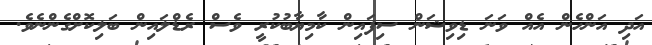
އަދި އަންހެން އެއް ވަނަ ޑިވިޝަން ސިފައިން ކާމިޔާބުކުރީ ވެސް ރެޑްލައިން ބަލިކޮށްގެންނެވެ.